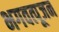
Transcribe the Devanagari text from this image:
भगवत्पूजन